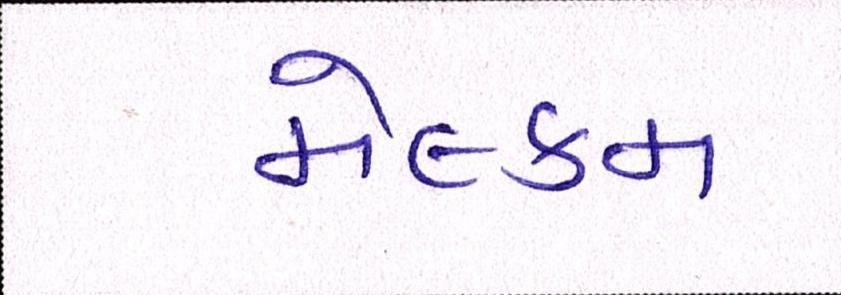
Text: મેલ્કમ